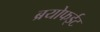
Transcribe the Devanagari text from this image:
ब्रयोफईट